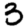
Digit: 3